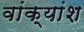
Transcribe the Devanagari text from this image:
वांक्यांश